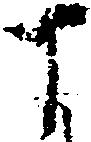
丁